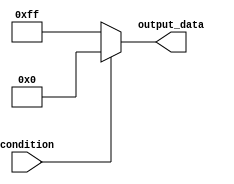
module if_else_block (
    input wire condition,
    output reg [7:0] output_data
);

always @ (*)
begin
    if (~condition) begin
        output_data <= 8'b11111111; // execute this block if condition is false
    end
    else begin
        output_data <= 8'b00000000; // execute this block if condition is true
    end
end

endmodule